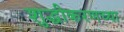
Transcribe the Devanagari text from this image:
शुद्धीकरणच्या